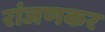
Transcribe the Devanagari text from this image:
रांजणकर